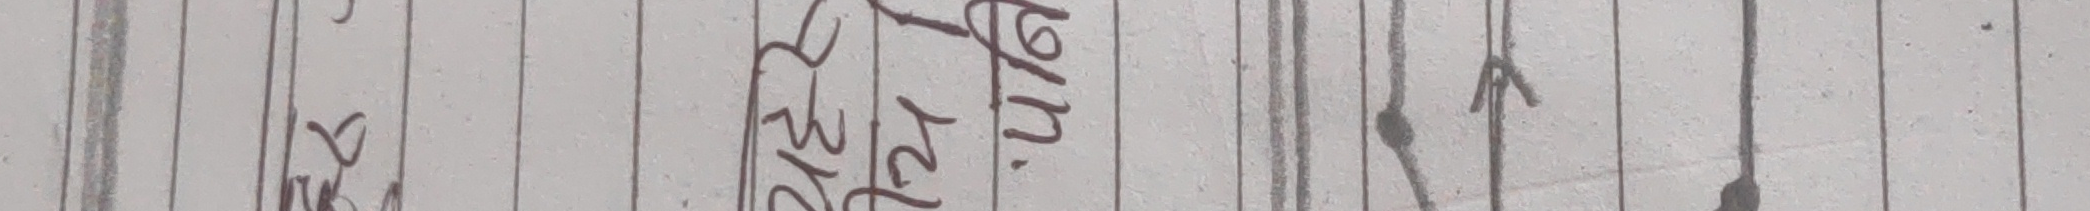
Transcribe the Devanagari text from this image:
जुन २२,२२